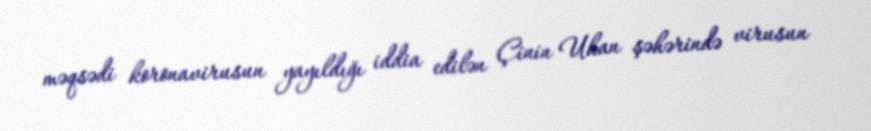
məqsədi koronavirusun yayıldığı iddia edilən Çinin Uhan şəhərində virusun